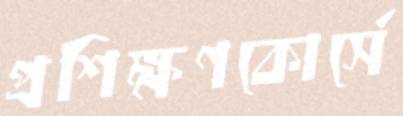
প্রশিক্ষণকোর্সে